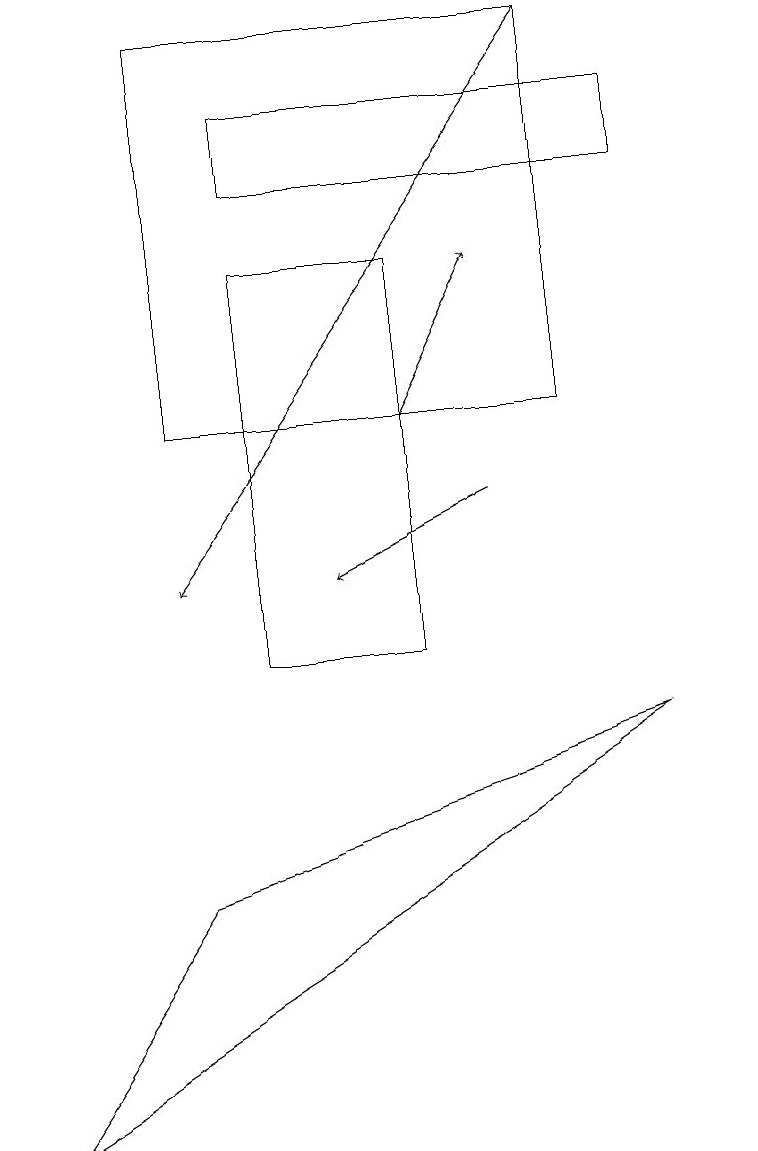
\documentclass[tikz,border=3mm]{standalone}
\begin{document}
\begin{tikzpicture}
\draw[->] (6,13) -- (7,15);
\draw (10,11) circle (0);
\draw (9,16) rectangle (4,17);
\draw (3,18) rectangle (8,13);
\draw[->] (8,18) -- (3,11);
\draw (4,10) rectangle (6,15);
\draw (1,4) -- (9,9) -- (3,7) -- cycle;
\draw[->] (7,12) -- (5,11);
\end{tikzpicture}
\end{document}